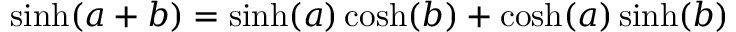
\mathrm { s i n h } ( a + b ) = \mathrm { s i n h } ( a ) \, \mathrm { c o s h } ( b ) + \mathrm { c o s h } ( a ) \, \mathrm { s i n h } ( b )